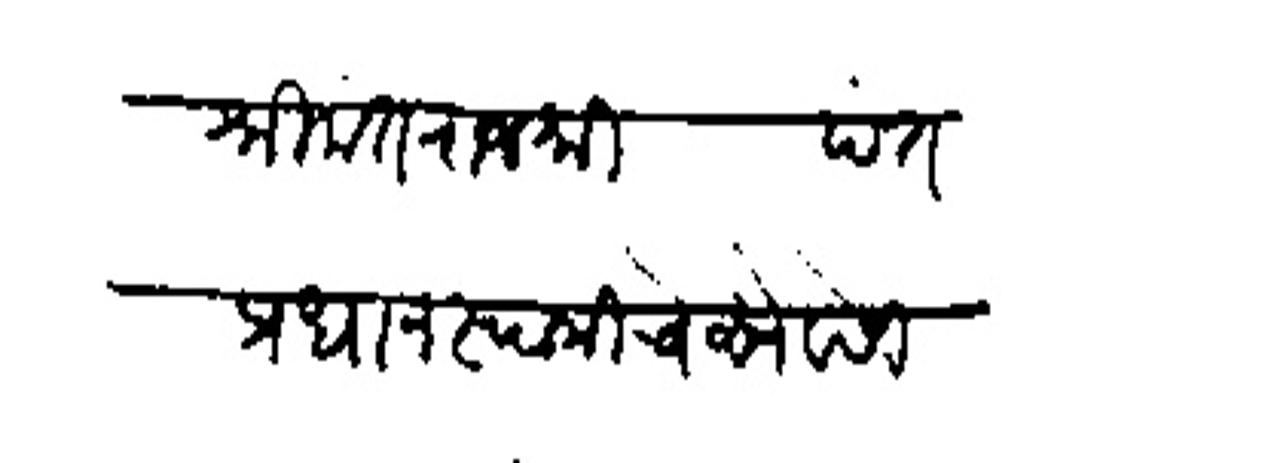
Transliteration (Devanagari): श्रीमंत राजश्री पंतप्रधान स्वामीचे सेवेसी